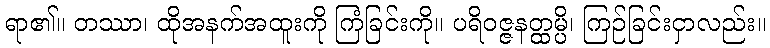
ရာ၏။ တဿာ၊ ထိုအနက်အထူးကို ကြံခြင်းကို။ ပရိဝဇ္ဇနတ္ထမ္ပိ၊ ကြဉ်ခြင်းငှာလည်း။